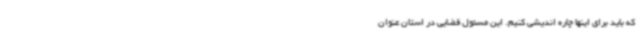
که باید برای اینها چاره اندیشی کنیم. این مسئول قضایی در استان عنوان